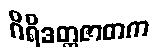
ဂိရိဒတ္တဇာတက